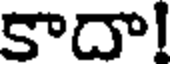
కాదా!